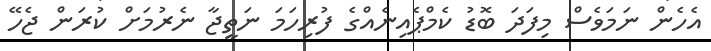
އެހެން ނަމަވެސް މިފަދަ ބޮޑު ކެމްޕެއިނެއްގެ ފުރިހަމަ ނަތީޖާ ނެރުމަށް ކުރަން ޖެހޭ